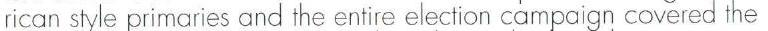
rican style primaries and the entire election campaign covered the